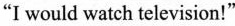
"I would watch television!"